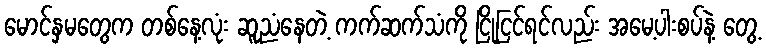
မောင်နှမတွေက တစ်နေ့လုံး ဆူညံနေတဲ့ ကက်ဆက်သံကို ငြိုငြင်ရင်လည်း အမေ့ပါးစပ်နဲ့ တွေ့